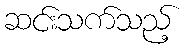
ဆင်းသက်သည့်